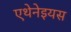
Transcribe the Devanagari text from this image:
एथेनेइयस